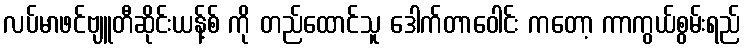
လပ်မာဖင်ဗျူတီဆိုင်းယန့်စ် ကို တည်ထောင်သူ ဒေါက်တာဝေါင်း ကတော့ ကာကွယ်စွမ်းရည်